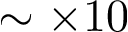
\sim \times 1 0